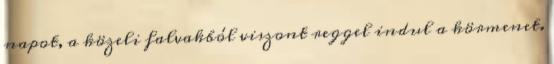
napot, a közeli falvakból viszont reggel indul a körmenet.